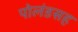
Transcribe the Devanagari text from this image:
पोलंडसह